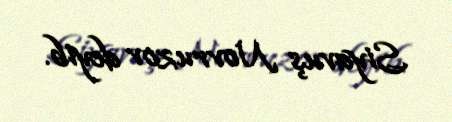
Siyavuş Novruzov deyib.